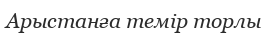
Арыстанға темір торлы